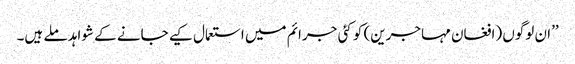
’’ان لوگوں (افغان مہاجرین) کو کئی جرائم میں استعمال کیے جانے کے شواہد ملے ہیں۔